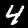
Label: 4